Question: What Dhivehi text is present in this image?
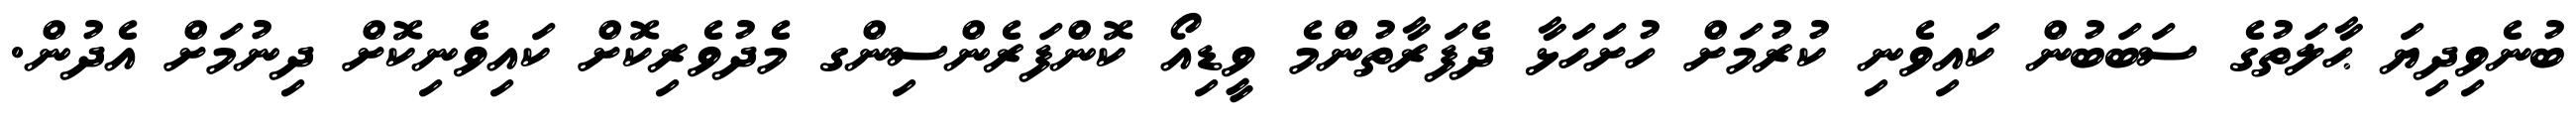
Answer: ބުނެވިދިޔަ ޙާލަތުގެ ސަބަބުން ކައިވެނި ކުރުމަށް ހުށަހަޅާ ދެފަރާތުންމެ ވީޑިއޯ ކޮންފަރެންސިންގ މެދުވެރިކޮށް ކައިވެނިކޮށް ދިނުމަށް އެދުން.